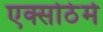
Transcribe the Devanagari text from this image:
एक्सोठेर्म